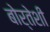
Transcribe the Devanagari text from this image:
बोर्तेशी